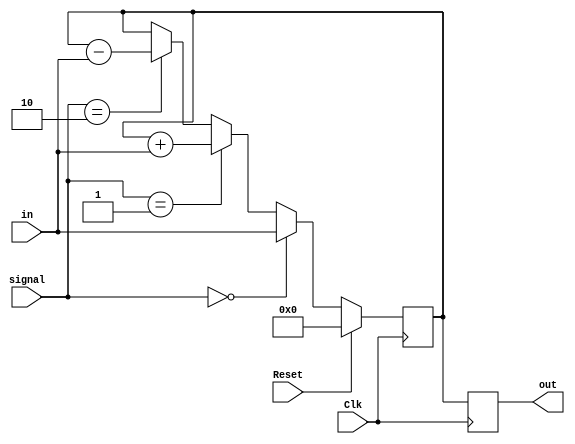
`timescale 1ns / 1ps
//////////////////////////////////////////////////////////////////////////////////
// Company: 
// Engineer: 
// 
// Design Name: 
// Module Name: register32bit
// Project Name: 
// Target Devices: 
// Tool Versions: 
// Description: 
// 
// Dependencies: 
// 
// Revision:
// Revision 0.01 - File Created
// Additional Comments:
// 
//////////////////////////////////////////////////////////////////////////////////


module register32bit(in, out, signal, Reset, Clk); 

    (*dont_touch = "true"*) input [31:0] in;
    input Reset, Clk;
    input [1:0] signal;
    
    reg [31:0] register;
    
    output reg [31:0] out;
  
    
    always @(posedge Clk) begin
       
        
       
        if(Reset == 1)   //f reset, then reset address to 0 
            register <= 0;  
        
        else if(signal == 2'b00)
            register <= in; 
        else if(signal == 2'b01)
            register <= $signed(register) + $signed(in);
        else if(signal == 2'b10)
            register <= register - in;
        else
            register <= register;
    end
        
    always@(negedge Clk) begin
    
        out <= register;
    end

endmodule